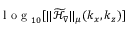
\mathrm { ~ l ~ o ~ g ~ } _ { 1 0 } [ \| \mathcal { \widetilde { H } } _ { \nabla } \| _ { \mu } ( k _ { x } , k _ { z } ) ]